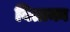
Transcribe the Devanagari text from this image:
बिताका